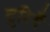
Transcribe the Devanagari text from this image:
दुरियँ